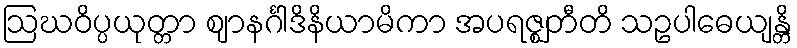
ဩဃဝိပ္ပယုတ္တာ ဈာနင်္ဂါဒိနိယာမိကာ အပရဇ္ဈတီတိ သဥပါဓေယျန္တိ